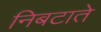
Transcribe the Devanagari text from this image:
निबटाते